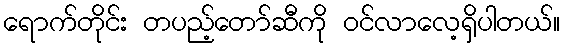
ရောက်တိုင်း တပည့်တော်ဆီကို ဝင်လာလေ့ရှိပါတယ်။